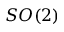
S O ( 2 )